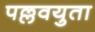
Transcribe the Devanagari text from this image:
पल्लवयुता